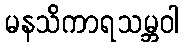
မနသိကာရသမ္ဘဝါ